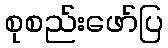
စုစည်းဖော်ပြ